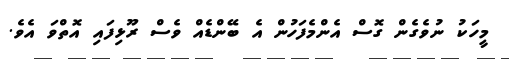
މީހަކު ނުވެގެން ގޮސް އެންމެފަހުން އެ ބޭންޑެއް ވެސް ރޫޅިފައި އޮތްވަ އެވެ.